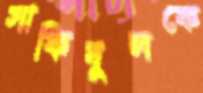
সাকিবুলকে